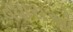
વધારાઓ